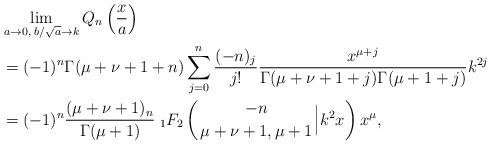
LaTeX: \begin{align*}&\lim_{a \to 0, \; b/\sqrt{a} \to k}Q_n\left(\frac{x}{a}\right) \\&=(-1)^n\Gamma(\mu+\nu+1+n)\sum_{j=0}^n\frac{(-n)_j}{j!}\frac{x^{\mu+j}}{\Gamma(\mu+\nu+1+j)\Gamma(\mu+1+j)}k^{2j} \\&=(-1)^n\frac{(\mu+\nu+1)_n}{\Gamma(\mu+1)}{\; }_1 F_2 \left({ -n \atop \mu+\nu+1, \mu+1} \Big{|} k^2x \right)x^\mu,\end{align*}